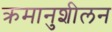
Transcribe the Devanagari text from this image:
क्रमानुशीलन